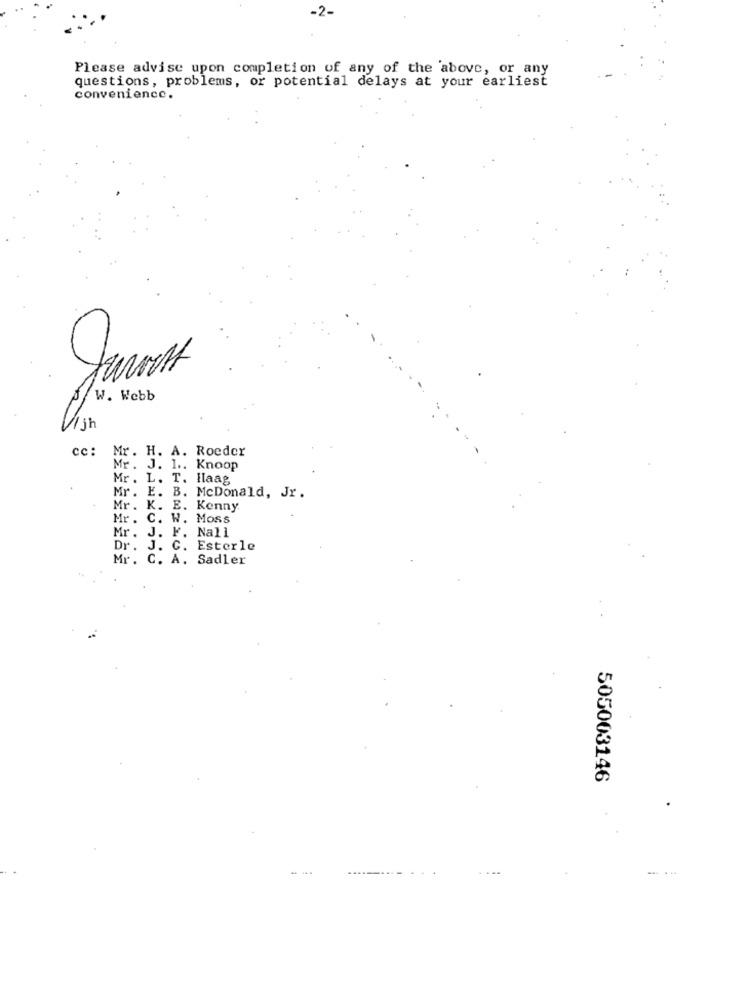
-2-
Please advise upon completion of any of the above, or any
questions, problems, or potential delays at your earliest
convenience.
W. Webb
/jh
cc:
Mr. H. A. Roeder
Mr. J. 1 .. Knoop
Mr. L. T. Haag
Mr. E. B. McDonald, Jr.
Mr. K.
E. Kenny
Mr. C. W. Moss
Mr. J. F. Nall
Dr.
J. C. Esterle
Mr. C. A. Sadler
505003146
.